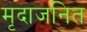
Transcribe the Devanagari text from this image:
मृदाजनित